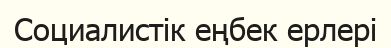
Социалистік еңбек ерлері